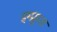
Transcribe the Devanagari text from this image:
इम्प्रूव्ड